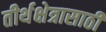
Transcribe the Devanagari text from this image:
तीर्थक्षेत्रासाठी